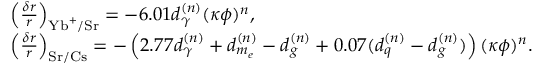
\begin{array} { r l } & { \left( \frac { \delta r } { r } \right) _ { \mathrm { Y b } ^ { + } / \mathrm { S r } } = - 6 . 0 1 d _ { \gamma } ^ { ( n ) } ( \kappa \phi ) ^ { n } , } \\ & { \left( \frac { \delta r } { r } \right) _ { \mathrm { S r } / \mathrm { C s } } = - \left( 2 . 7 7 d _ { \gamma } ^ { ( n ) } + d _ { m _ { e } } ^ { ( n ) } - d _ { g } ^ { ( n ) } + 0 . 0 7 ( d _ { q } ^ { ( n ) } - d _ { g } ^ { ( n ) } ) \right) ( \kappa \phi ) ^ { n } . } \end{array}